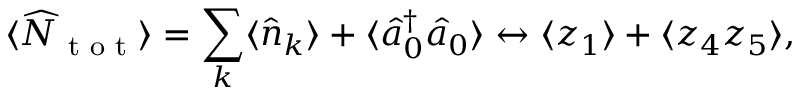
\langle \widehat { N } _ { \textnormal { t o t } } \rangle = \sum _ { k } \langle \hat { n } _ { k } \rangle + \langle \hat { a } _ { 0 } ^ { \dagger } \hat { a } _ { 0 } \rangle \leftrightarrow \langle z _ { 1 } \rangle + \langle z _ { 4 } z _ { 5 } \rangle ,